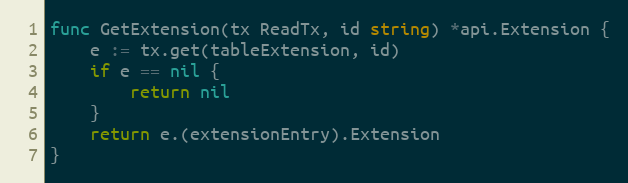
Language: Go
func GetExtension(tx ReadTx, id string) *api.Extension {
	e := tx.get(tableExtension, id)
	if e == nil {
		return nil
	}
	return e.(extensionEntry).Extension
}